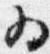
為